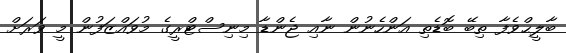
ބާލީޙްވެފާ ތިބޭ ބޮޑެތި އަންހެނުން ނާއި ޖެންޑާ މިނިސްޓްރީގެ މުވައްޒަފުން މީ ވަރަށް